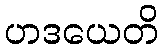
ဟဒယေတိ